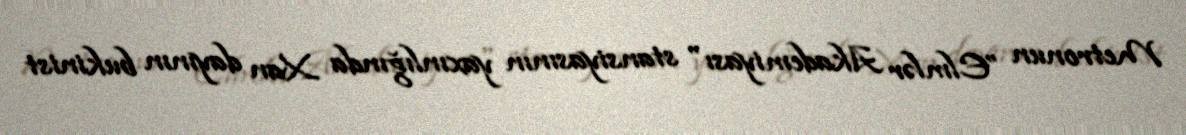
Metronun ”Elmlər Akademiyası" stansiyasının yaxınlığında Xan dayının bukinist